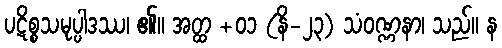
ပဋိစ္စသမုပ္ပါဒဿ၊ ၏။ အတ္ထ +၀၁ (နိ-၂၃) သံဝဏ္ဏနာ၊ သည်။ န